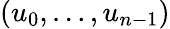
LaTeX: (u_{0},\ldots,u_{n-1})